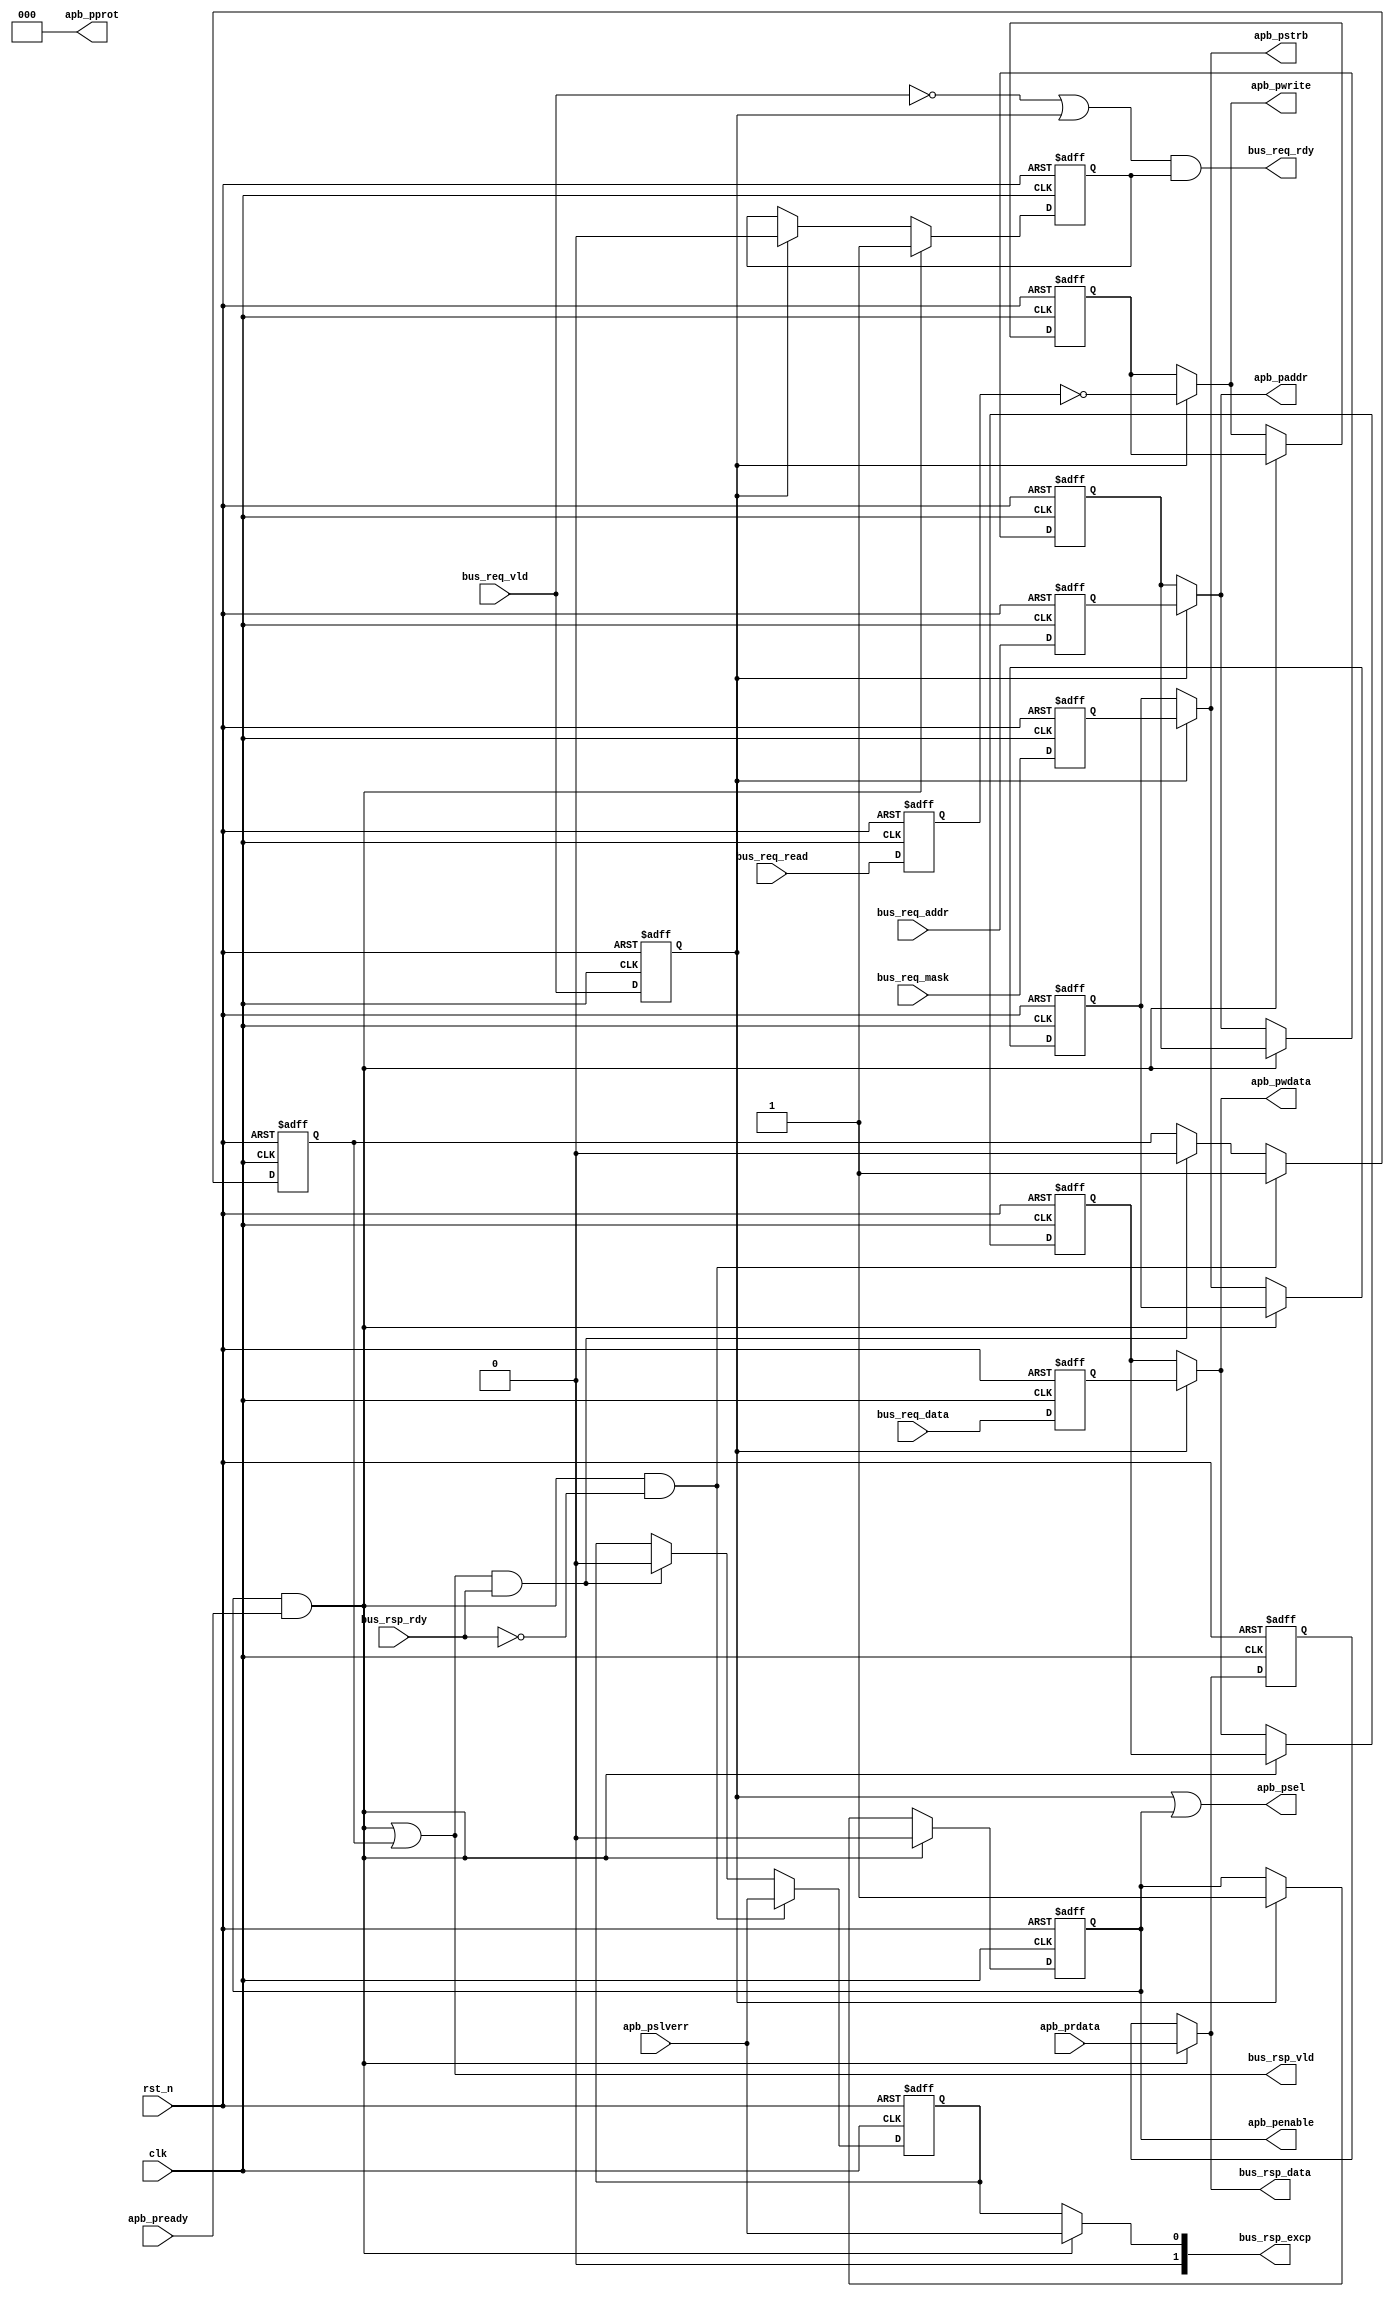
module uv_bus_to_apb
#(
    parameter ALEN                  = 12,
    parameter DLEN                  = 32,
    parameter MLEN                  = DLEN / 8,
    parameter PIPE                  = 1'b1
)
(
    input                           clk,
    input                           rst_n,

    // Bus ports.
    input                           bus_req_vld,
    output                          bus_req_rdy,
    input                           bus_req_read,
    input  [ALEN-1:0]               bus_req_addr,
    input  [MLEN-1:0]               bus_req_mask,
    input  [DLEN-1:0]               bus_req_data,

    output                          bus_rsp_vld,
    input                           bus_rsp_rdy,
    output [1:0]                    bus_rsp_excp,
    output [DLEN-1:0]               bus_rsp_data,

    // APB ports.
    output                          apb_psel,
    output                          apb_penable,
    output [2:0]                    apb_pprot,
    output [ALEN-1:0]               apb_paddr,
    output [MLEN-1:0]               apb_pstrb,
    output                          apb_pwrite,
    output [DLEN-1:0]               apb_pwdata,
    input  [DLEN-1:0]               apb_prdata,
    input                           apb_pready,
    input                           apb_pslverr
);

    localparam UDLY = 1;
    
    reg                             req_rdy_r;
    reg                             req_vld_r;
    reg                             req_read_r;
    reg  [ALEN-1:0]                 req_addr_r;
    reg  [MLEN-1:0]                 req_mask_r;
    reg  [DLEN-1:0]                 req_data_r;

    reg                             rsp_vld_r;
    reg                             rsp_excp_r;
    reg  [DLEN-1:0]                 rsp_data_r;

    reg                             apb_penable_r;
    reg  [ALEN-1:0]                 apb_paddr_r;
    reg  [MLEN-1:0]                 apb_pstrb_r;
    reg                             apb_pwrite_r;
    reg  [DLEN-1:0]                 apb_pwdata_r;

    wire                            apb_busy;
    wire                            apb_okay;

    assign apb_busy                 = req_vld_r | apb_penable_r;
    assign apb_okay                 = apb_penable & apb_pready;

    // Bus output.
    assign bus_req_rdy              = (~bus_req_vld | req_vld_r) & req_rdy_r;
    assign bus_rsp_vld              = apb_okay | rsp_vld_r;
    assign bus_rsp_excp             = apb_okay ? {1'b0, apb_pslverr} : {1'b0, rsp_excp_r};
    assign bus_rsp_data             = apb_okay ? apb_prdata : rsp_data_r;

    // APB output.
    assign apb_psel                 = apb_busy;
    assign apb_penable              = apb_penable_r;
    assign apb_pprot                = 3'b0;
    assign apb_paddr                = req_vld_r ? req_addr_r  : apb_paddr_r;
    assign apb_pstrb                = req_vld_r ? req_mask_r  : apb_pstrb_r;
    assign apb_pwrite               = req_vld_r ? ~req_read_r : apb_pwrite_r;
    assign apb_pwdata               = req_vld_r ? req_data_r  : apb_pwdata_r;

    // Bus back pressure.
    always @(posedge clk or negedge rst_n) begin
        if (~rst_n) begin
            req_rdy_r <= 1'b1;
        end
        else begin
            if (apb_okay) begin
                req_rdy_r <= #UDLY 1'b1;
            end
            else if (req_vld_r) begin
                req_rdy_r <= #UDLY 1'b0;
            end
        end
    end

    // Buffer bus output.
    always @(posedge clk or negedge rst_n) begin
        if (~rst_n) begin
            rsp_vld_r  <= 1'b0;
            rsp_excp_r <= 1'b0;
        end
        else begin
            if (apb_okay & (~bus_rsp_rdy)) begin
                rsp_vld_r  <= #UDLY 1'b1;
                rsp_excp_r <= #UDLY apb_pslverr;
            end
            else if (bus_rsp_vld & bus_rsp_rdy) begin
                rsp_vld_r  <= #UDLY 1'b0;
                rsp_excp_r <= #UDLY 1'b0;
            end
        end
    end

    always @(posedge clk or negedge rst_n) begin
        if (~rst_n) begin
            rsp_data_r <= {DLEN{1'b0}};
        end
        else begin
            if (apb_okay) begin
                rsp_data_r <= #UDLY apb_prdata;
            end
        end
    end

    // Buffer bus input.
    generate
        if (PIPE) begin: gen_bus_req_pipe
            always @(posedge clk or negedge rst_n) begin
                if (~rst_n) begin
                    req_vld_r  <= 1'b0;
                    req_read_r <= 1'b0;
                    req_addr_r <= {ALEN{1'b0}};
                    req_mask_r <= {MLEN{1'b0}};
                    req_data_r <= {DLEN{1'b0}};
                end
                else begin
                    req_vld_r  <= #UDLY bus_req_vld;
                    req_read_r <= #UDLY bus_req_read;
                    req_addr_r <= #UDLY bus_req_addr;
                    req_mask_r <= #UDLY bus_req_mask;
                    req_data_r <= #UDLY bus_req_data;
                end
            end
        end
        else begin: gen_bus_req_imm
            always @(*) begin
                req_vld_r  = bus_req_vld;
                req_read_r = bus_req_read;
                req_addr_r = bus_req_addr;
                req_mask_r = bus_req_mask;
                req_data_r = bus_req_data;
            end
        end
    endgenerate

    // Buffer APB output.
    always @(posedge clk or negedge rst_n) begin
        if (~rst_n) begin
            apb_penable_r <= 1'b0;
            apb_paddr_r   <= {ALEN{1'b0}};
            apb_pstrb_r   <= {MLEN{1'b0}};
            apb_pwrite_r  <= 1'b0;
            apb_pwdata_r  <= {DLEN{1'b0}};
        end
        else begin
            if (apb_okay) begin
                apb_penable_r <= #UDLY 1'b0;
            end
            else if (req_vld_r) begin
                apb_penable_r <= #UDLY 1'b1;
                apb_paddr_r   <= #UDLY req_addr_r;
                apb_pstrb_r   <= #UDLY req_mask_r;
                apb_pwrite_r  <= #UDLY ~req_read_r;
                apb_pwdata_r  <= #UDLY req_data_r;
            end
        end
    end

endmodule